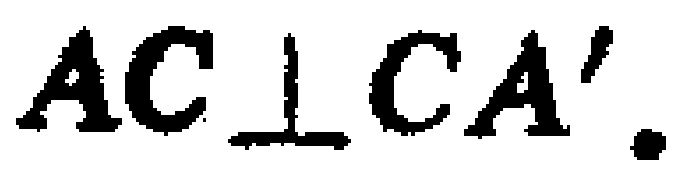
$AC\perp CA'.$